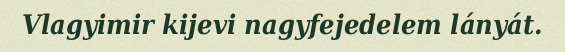
Vlagyimir kijevi nagyfejedelem lányát.